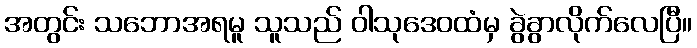
အတွင်း သဘောအရမူ သူသည် ဝါသုဒေဝထံမှ ခွဲခွာလိုက်လေပြီ။